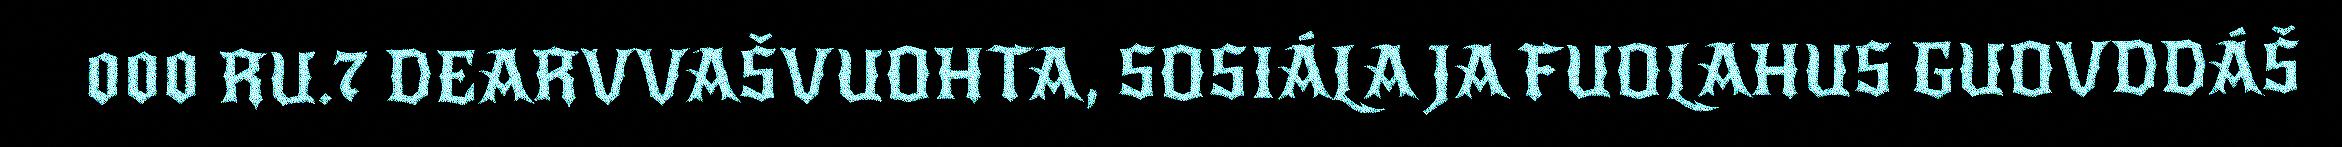
000 RU.7 DEARVVAŠVUOHTA, SOSIÁLA JA FUOLAHUS GUOVDDÁŠ